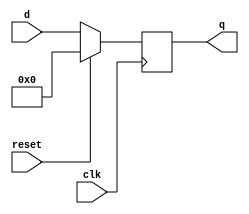
module top_module (
    input clk,
    input reset,            // Synchronous reset
    input [7:0] d,
    output [7:0] q
);
    always @(posedge clk) 
        q <= reset? 0:d;

endmodule